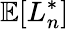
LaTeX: \mathbb{E}[L_{n}^{*}]